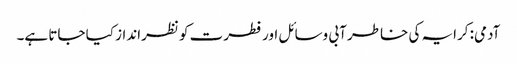
آدمی: کرایہ کی خاطر آبی وسائل اور فطرت کو نظرانداز کیا جاتا ہے۔